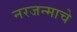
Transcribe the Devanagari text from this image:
नरजन्माचे